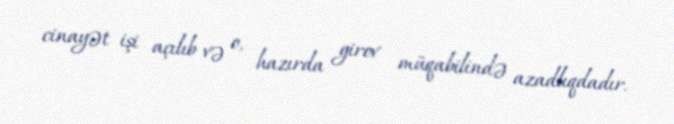
cinayət işi açılıb və o, hazırda girov müqabilində azadlıqdadır.